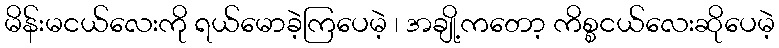
မိန်းမငယ်လေးကို ရယ်မောခဲ့ကြပေမဲ့ ၊ အချို့ကတော့ ကိစ္စငယ်လေးဆိုပေမဲ့